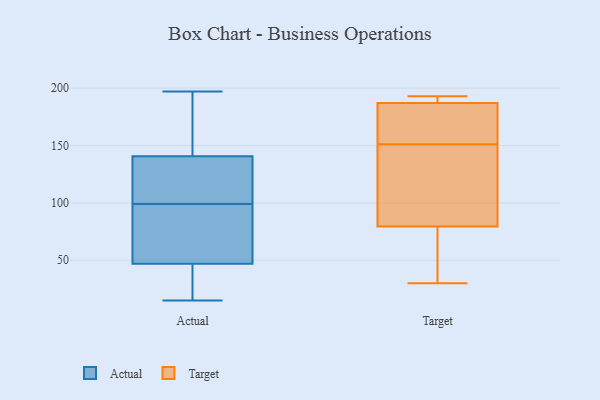
{"axis": {"x": "Satisfaction Score", "y": "Value"}, "legend": ["Actual", "Target"], "data": [{"x": "", "y": 131, "type": "Actual"}, {"x": "", "y": 44, "type": "Actual"}, {"x": "", "y": 115, "type": "Actual"}, {"x": "", "y": 185, "type": "Actual"}, {"x": "", "y": 91, "type": "Actual"}, {"x": "", "y": 164, "type": "Actual"}, {"x": "", "y": 15, "type": "Actual"}, {"x": "", "y": 22, "type": "Actual"}, {"x": "", "y": 99, "type": "Actual"}, {"x": "", "y": 48, "type": "Actual"}, {"x": "", "y": 91, "type": "Actual"}, {"x": "", "y": 39, "type": "Actual"}, {"x": "", "y": 54, "type": "Actual"}, {"x": "", "y": 152, "type": "Actual"}, {"x": "", "y": 197, "type": "Actual"}, {"x": "", "y": 137, "type": "Actual"}, {"x": "", "y": 128, "type": "Actual"}, {"x": "", "y": 84, "type": "Target"}, {"x": "", "y": 49, "type": "Target"}, {"x": "", "y": 191, "type": "Target"}, {"x": "", "y": 123, "type": "Target"}, {"x": "", "y": 191, "type": "Target"}, {"x": "", "y": 183, "type": "Target"}, {"x": "", "y": 75, "type": "Target"}, {"x": "", "y": 30, "type": "Target"}, {"x": "", "y": 178, "type": "Target"}, {"x": "", "y": 193, "type": "Target"}, {"x": "", "y": 131, "type": "Target"}, {"x": "", "y": 171, "type": "Target"}]}